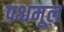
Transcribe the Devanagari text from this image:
पश्चमूल